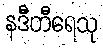
နဒီတီရေသု